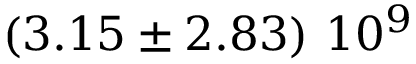
\left( 3 . 1 5 \pm 2 . 8 3 \right) \, 1 0 ^ { 9 }